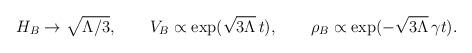
LaTeX: \begin{align*}H_B \to \sqrt{\Lambda/3}, \qquad V_B \propto \exp(\sqrt{3\Lambda}\, t), \qquad \rho_B \propto \exp(-\sqrt{3\Lambda} \, \gamma t).\end{align*}